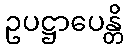
ဥပဋ္ဌာပေန္တိ